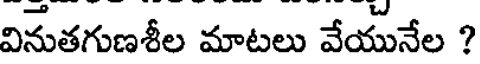
వినుతగుణశీల మాటలు వేయునేల ?